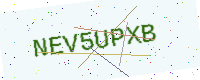
Text: NEV5UPXB